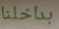
بداخلنا